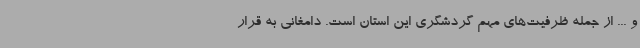
و ... از جمله ظرفیت‌های مهم گردشگری این استان است. دامغانی به قرار